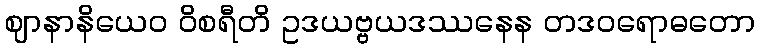
ဈာနာနိယေဝ ဝိစရီတိ ဥဒယဗ္ဗယဒဿနေန တဒဝရောဓတော